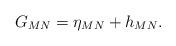
LaTeX: \begin{align*}G_{MN}=\eta_{MN}+ h_{MN} .\end{align*}